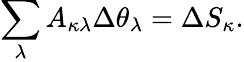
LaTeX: \sum_{\lambda}A_{\kappa\lambda}\Delta\theta_{\lambda}=\Delta S_{\kappa}.